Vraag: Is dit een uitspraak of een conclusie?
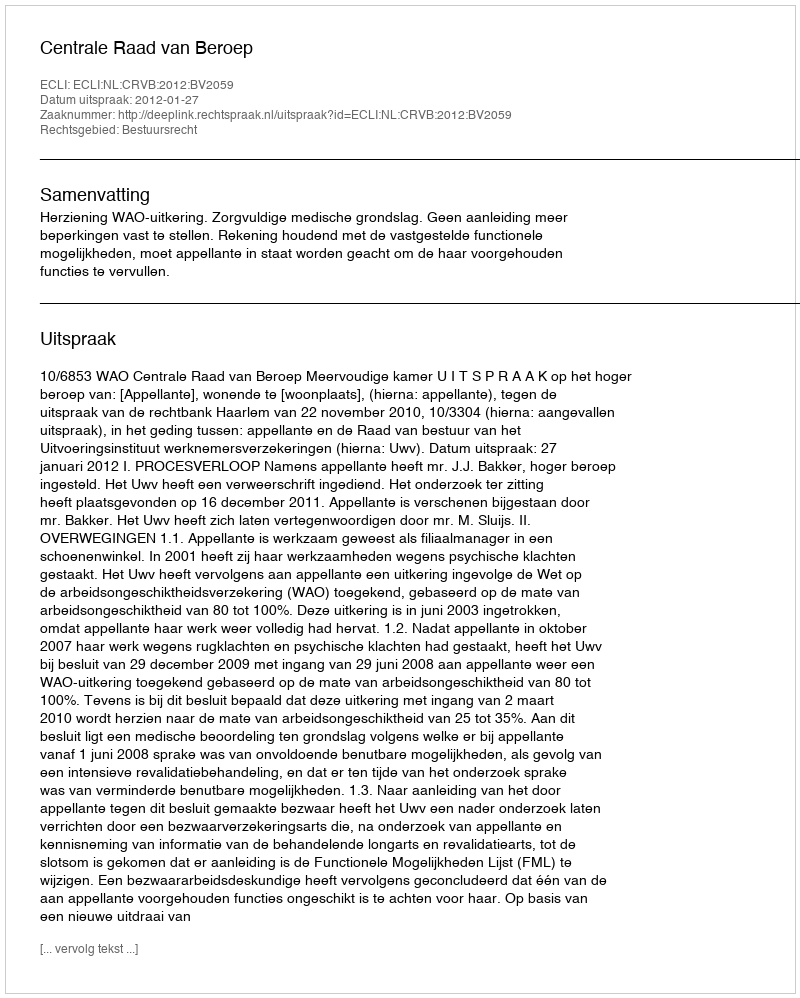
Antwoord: Uitspraak